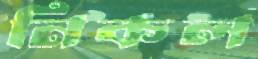
নিকল